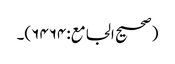
(صحیح الجامع:۶۴۶۴)۔